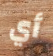
أي